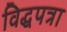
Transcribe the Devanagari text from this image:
विद्धपत्रा